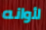
لأوانه